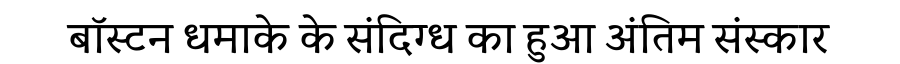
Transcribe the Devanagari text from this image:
बॉस्टन धमाके के संदिग्ध का हुआ अंतिम संस्कार